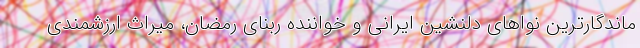
ماندگارترین نواهای دلنشین ایرانی و خواننده ربنای رمضان، ميراث ارزشمندی